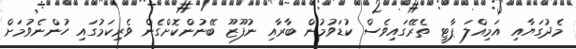
މެދުގަޔާއި އަމިއްލަ ޕާޓީ ތެރޭގައިވެސް ކުޑަވުމުން ބާރާއި ނުފޫޒޫ ބޭނުންކޮށްގެން ވެރިކަމުގައި ހުންނެވުމަށް